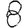
Digit: 8